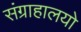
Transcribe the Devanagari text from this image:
संग्राहालयो